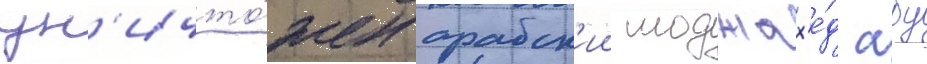
ун'ичто́жен арабск'ии моджах'е́д абу